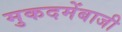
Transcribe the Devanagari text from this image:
मुकदमेंबाजी